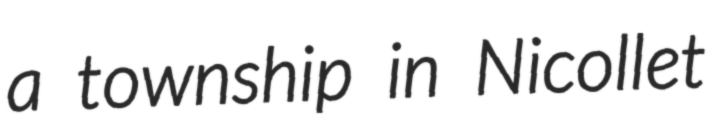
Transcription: a township in Nicollet